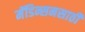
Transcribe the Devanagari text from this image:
मॅडिन्सनसाठी